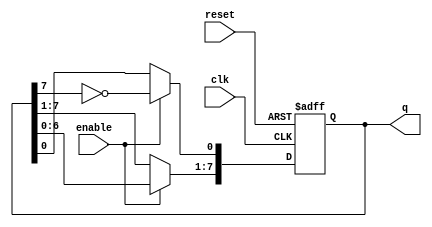
module johnson_counter (
    input wire clk,        // Clock signal
    input wire reset,      // Asynchronous reset signal
    input wire enable,     // Enable signal
    output reg [7:0] q     // 8-bit output of the counter
);

    always @(posedge clk or posedge reset) begin
        if (reset) begin
            q <= 8'b00000000; // Reset the counter to initial state
        end else if (enable) begin
            // Shift operation with feedback
            q[0] <= ~q[7];      // Feedback from the last flip-flop inverted to the first
            q[7:1] <= q[6:0];   // Shift the rest of the bits
        end
    end

endmodule